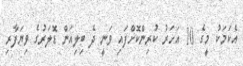
އެކަމަކު މީގެ 10 އަަހަރު ކުރިންކޮށްފައި ވަނީ ދެ ބިލިއަން ޑޮލަރުގެ ވިޔަފާރި